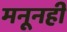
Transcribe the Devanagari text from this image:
मनूनही